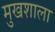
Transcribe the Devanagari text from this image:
मुखशाला